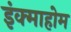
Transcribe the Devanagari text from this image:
इंक्माहोम